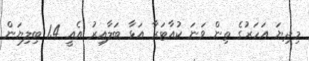
މިދިޔަ އަހަރުގެ ތިން ވަނަ ކުއާޓަރާ އަޅާ ބަލާއިރު އެއީ 1.4 ބިލިޔަން